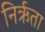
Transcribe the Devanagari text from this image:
निर्ऋता